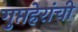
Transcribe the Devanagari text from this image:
गुप्तहेरांची